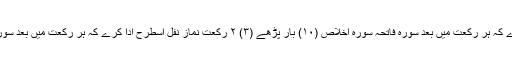
(۲) ۶ رکعت نماز نفل اسطرح ادا کرے کہ ہر رکعت میں بعد سورہ فاتحہ سورہ اخلاص (۱۰) بار پڑھے (۳) ۲ رکعت نمازِ نفل اسطرح ادا کرے کہ ہر رکعت میں بعد سورہ فاتحہ تین بار سورہ اخلاص پڑھے ۔